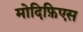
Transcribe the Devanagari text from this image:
मोदिफ़िएस